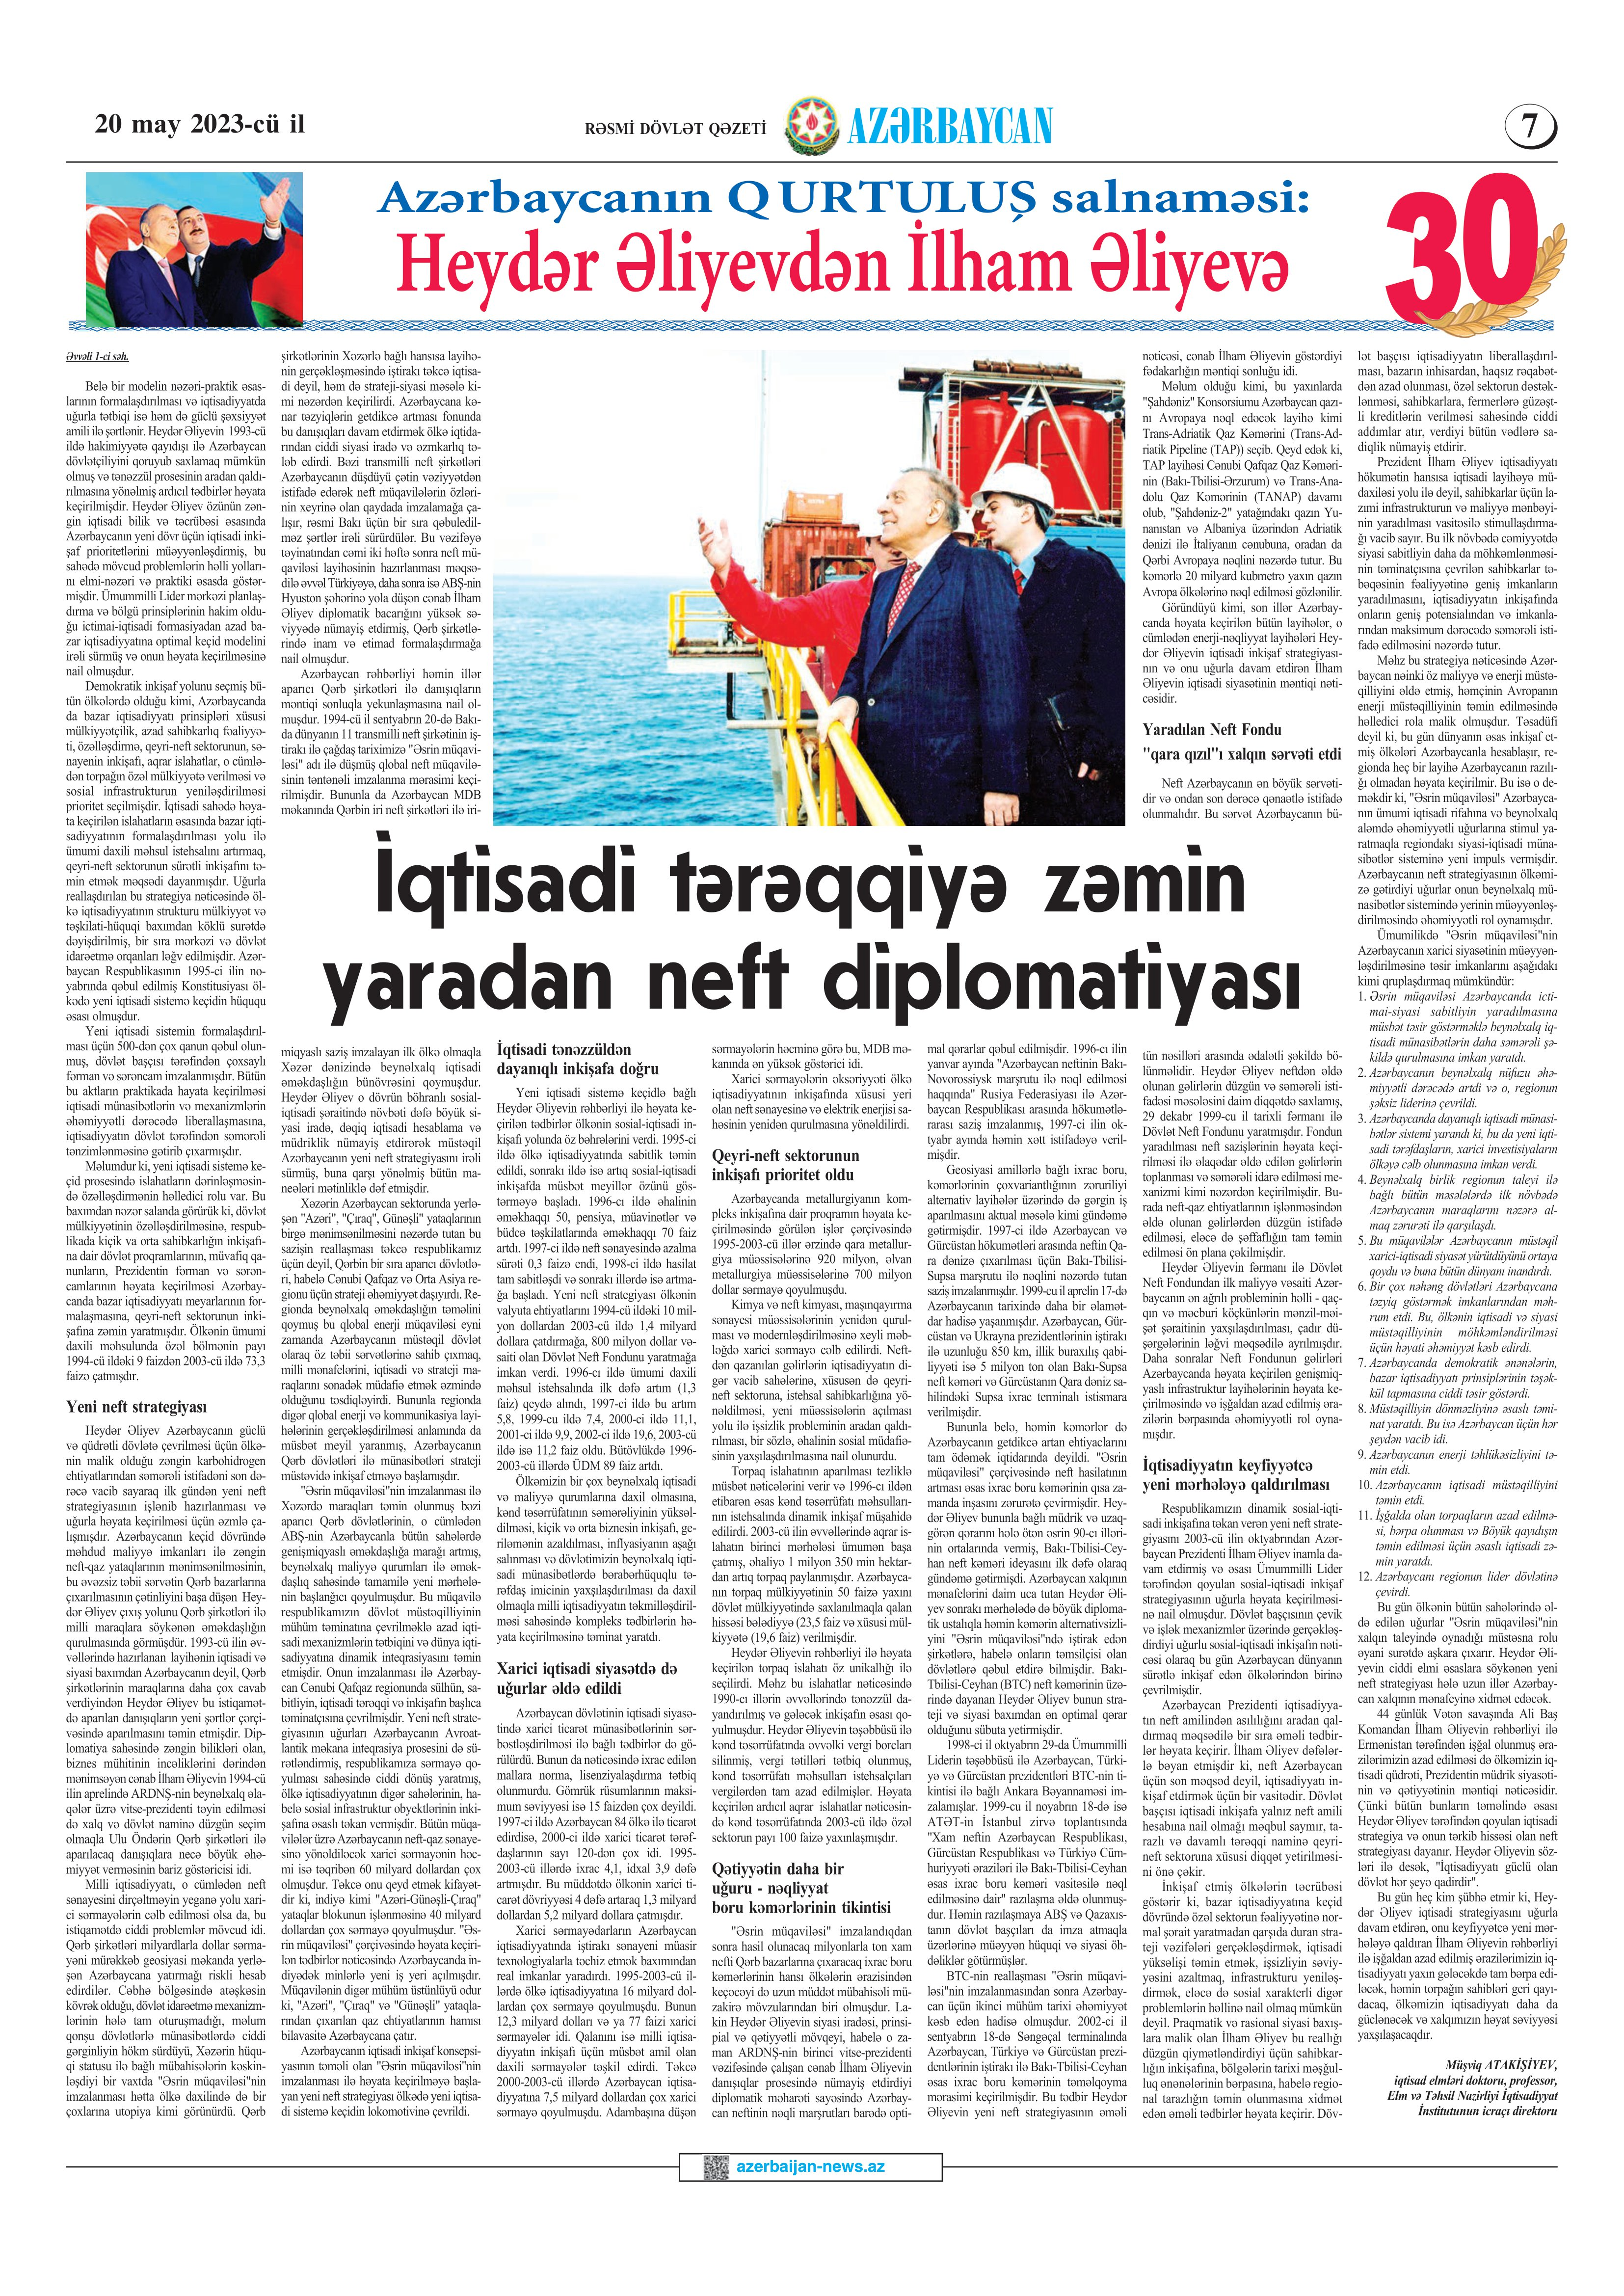
Language: az